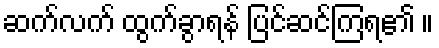
ဆက်လက် ထွက်ခွာရန် ပြင်ဆင်ကြရ၏ ။